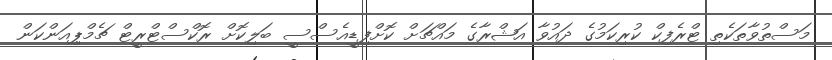
މަސްތުވާތަކެތި ޓްރެފިކް ކުރިކަމުގެ ދައުވާ އަޝްރާގެ މައްޗަށް ކޮށްފިޑީއެސްސީ ބަލިކޮށް ރޮކްސްޓްރީޓް ޗެމްޕިއަންކަން